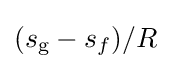
(s_{\text{g}}-s_{f})/R